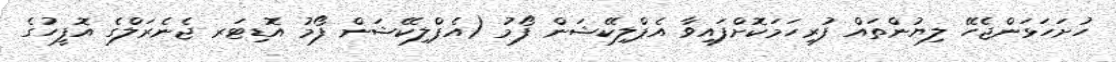
ހުށަހަޅަންޖެހޭ ލިޔުންތައް ފުރިހަމަކޮށްފައިވާ އެޕްލިކޭޝަން ފޯމު (އެޕްލިކޭޝަން ފޯމު އޮޑިޓަރ ޖެނެރަލްގެ އޮފީހުގެ